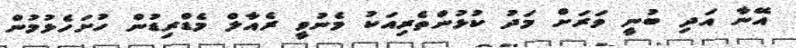
އޭނާ އަދި ބުނީ ވަރަށް މަދު ކުޅުންތެރިއަކު މެނުވީ ރެއާލް މެޑްރިޑުން ހުށަހެޅުމުން